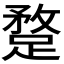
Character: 𨂣